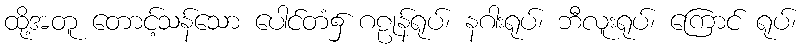
ထို့အတူ တောင့်သန်သော ပေါင်တံ၌ ဂဠုန်ရုပ်၊ နဂါးရုပ်၊ ဘီလူးရုပ်၊ ကြောင် ရုပ်၊